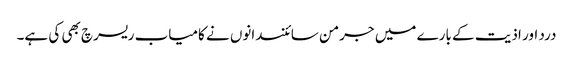
درد اور اذیت کے بارے میں جرمن سائنسدانوں نے کامیاب ریسرچ بھی کی ہے۔